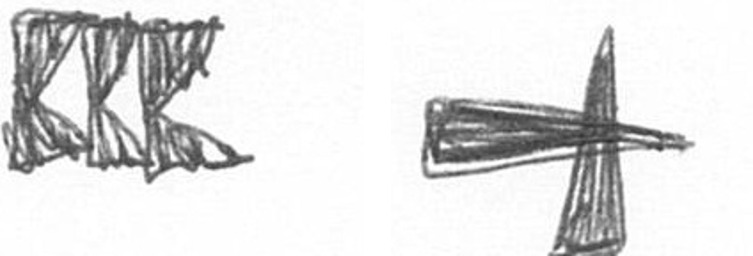
D G